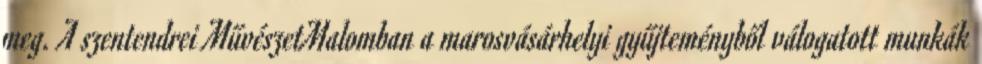
meg. A szentendrei MűvészetMalomban a marosvásárhelyi gyűjteményből válogatott munkák